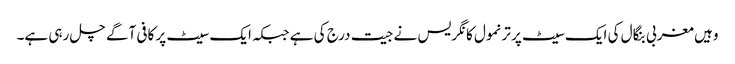
وہیں مغربی بنگال کی ایک سیٹ پر ترنمول کانگریس نے جیت درج کی ہے جبکہ ایک سیٹ پر کافی آگے چل رہی ہے۔